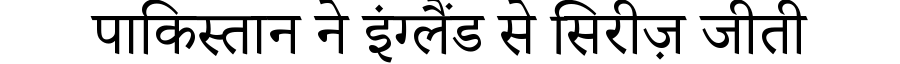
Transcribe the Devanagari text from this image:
पाकिस्तान ने इंग्लैंड से सिरीज़ जीती